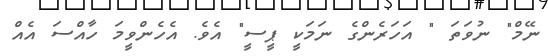
ނޭމް" ނުވަތަ " އަހަރެންގެ ނަމަކީ ޕީސީ" އެވެ. އެހެންވީމަ ހާއްސަ އެއް